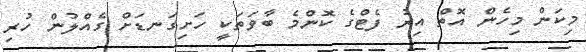
މިކަން މިހެން އޮތް އިރު ފެޓްގެ ކޮންމެ ބާވަތަކީ ހަށިގަނޑަށް ގެއްލުން ހުރި